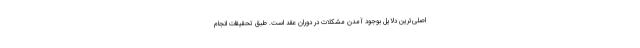
اصلی‌ترین دلایل بوجود آمدن مشکلات در دوران عقد است. طبق تحقیقات انجام